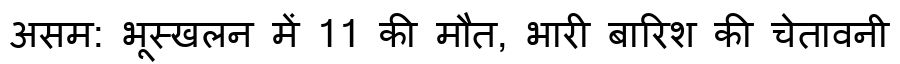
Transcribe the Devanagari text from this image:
असम: भूस्खलन में 11 की मौत, भारी बारिश की चेतावनी